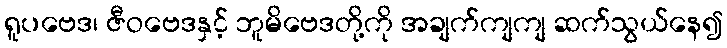
ရူပဗေဒ၊ ဇီဝဗေဒနှင့် ဘူမိဗေဒတို့ကို အချက်ကျကျ ဆက်သွယ်နေ၍